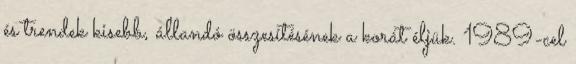
és trendek kisebb, állandó összesítésének a korát éljük. 1989-cel